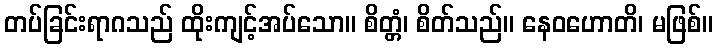
တပ်ခြင်းရာဂသည် ထိုးကျင့်အပ်သော။ စိတ္တံ၊ စိတ်သည်။ နေဝဟောတိ၊ မဖြစ်။